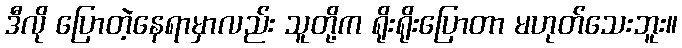
ဒီလို ပြောတဲ့နေရာမှာလည်း သူတို့က ရိုးရိုးပြောတာ မဟုတ်သေးဘူး။